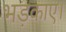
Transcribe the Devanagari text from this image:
भड़काए।